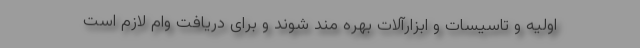
اولیه و تاسیسات و ابزارآلات بهره مند شوند و برای دریافت وام لازم است